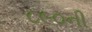
૮૯૦ની